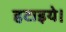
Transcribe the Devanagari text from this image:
हटाइये।